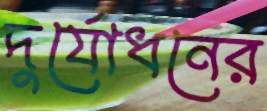
দুর্যোধনের